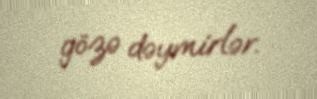
gözə dəymirlər.